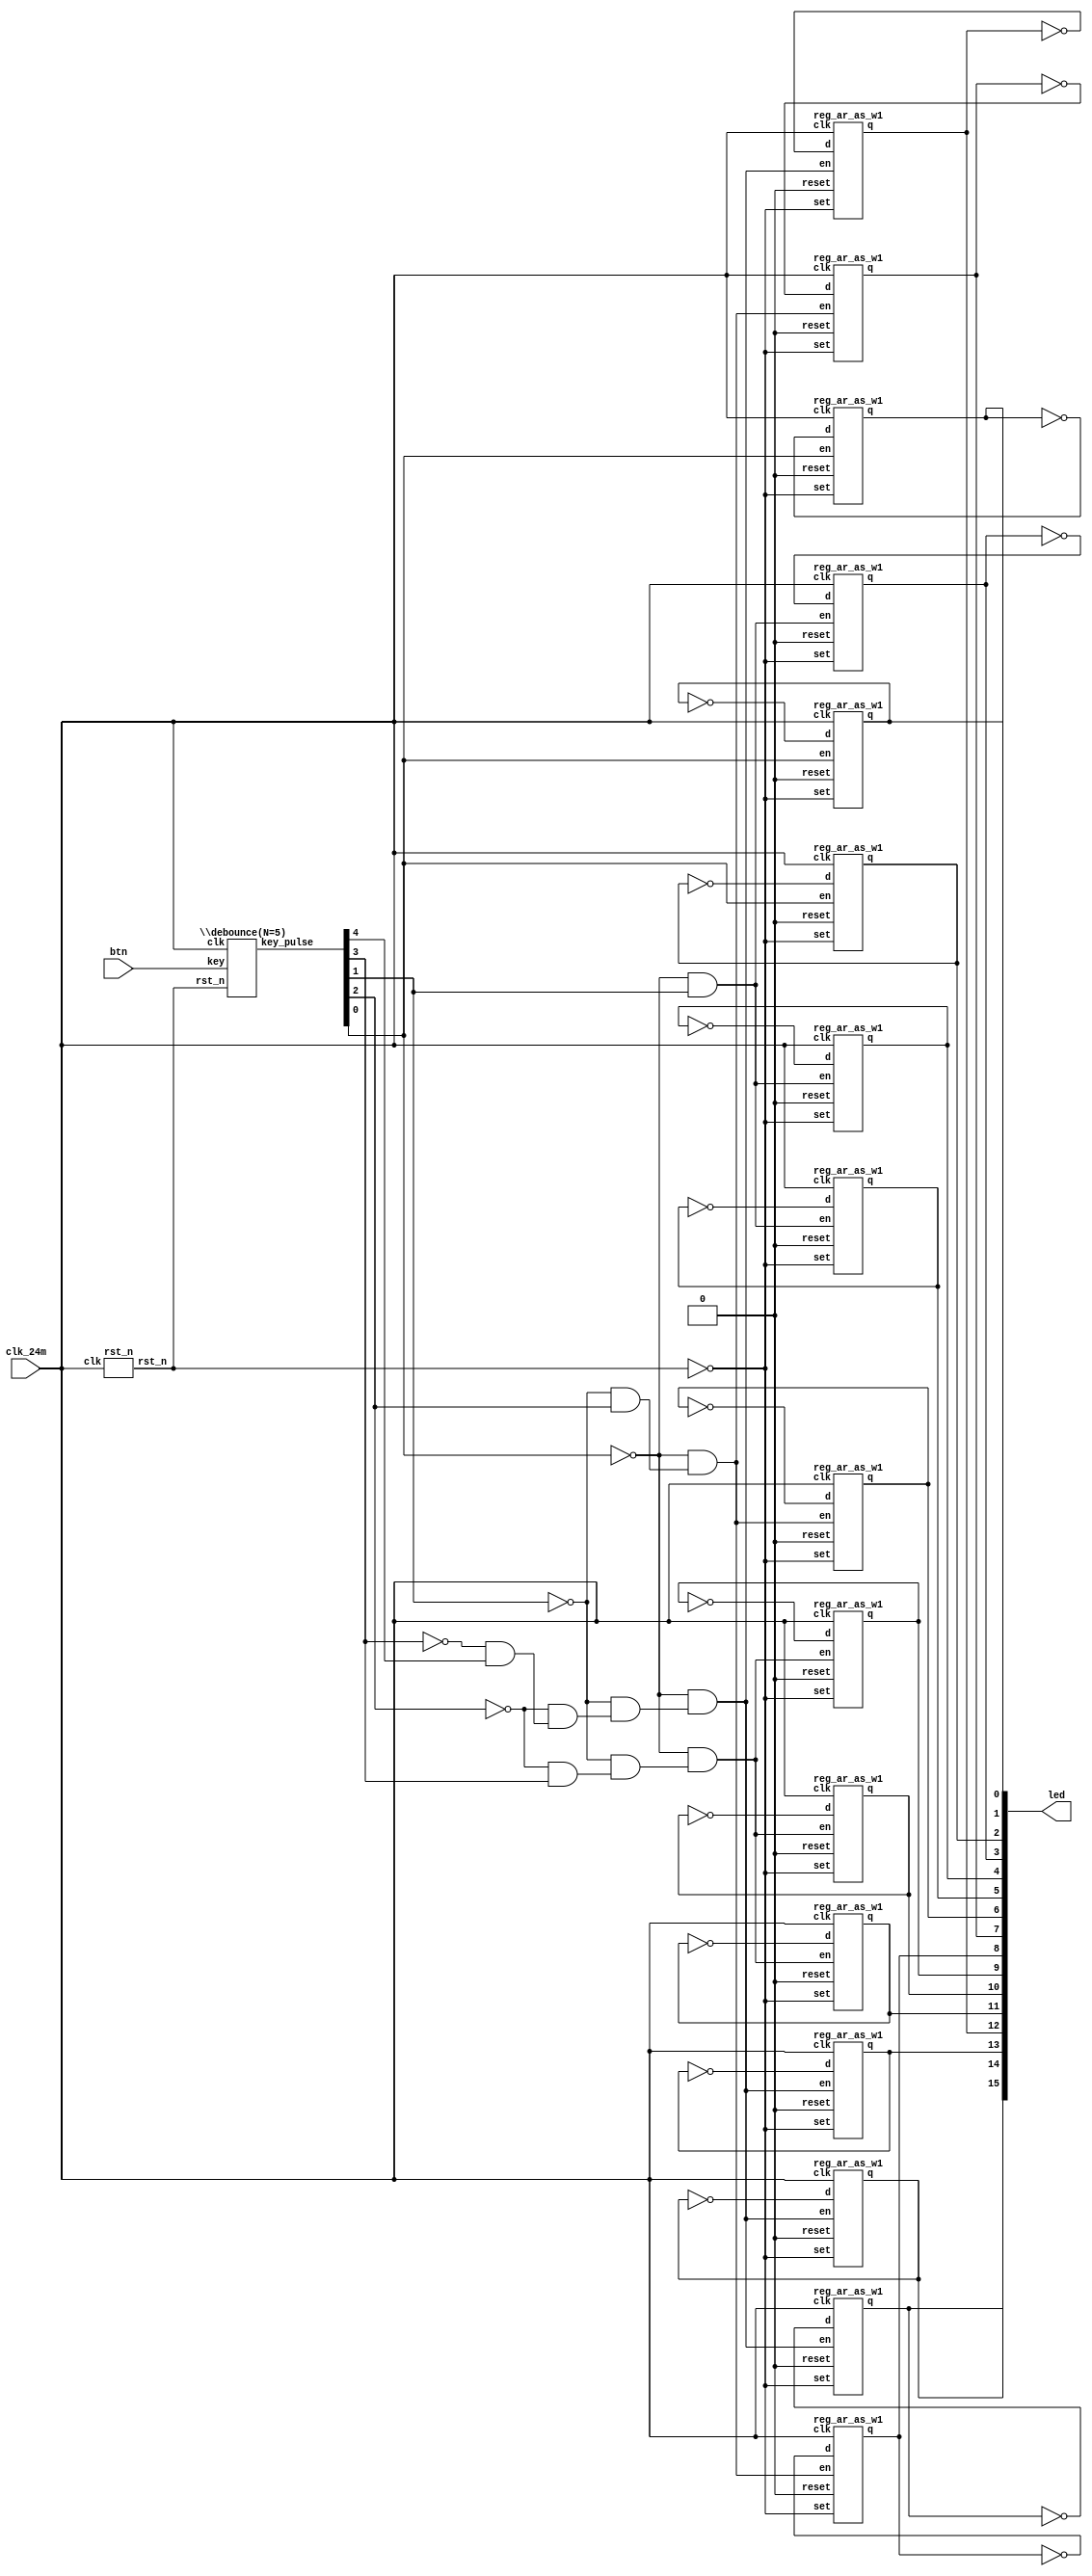
// This program was cloned from: https://github.com/verimake-team/SparkRoad-V
// License: MIT License

// Verilog netlist created by TD v4.6.12906
// Fri Jul 26 17:43:03 2019

`timescale 1ns / 1ps
module buttons_led  // sources/rtl/buttons_led.v(15)
  (
  btn,
  clk_24m,
  led
  );

  input [4:0] btn;  // sources/rtl/buttons_led.v(22)
  input clk_24m;  // sources/rtl/buttons_led.v(21)
  output [15:0] led;  // sources/rtl/buttons_led.v(23)

  parameter CNT_20MS = 19'b1110101011000000001;
  parameter N = 5;
  wire [4:0] key_pulse;  // sources/rtl/buttons_led.v(27)
  wire [2:0] n1;
  wire [2:0] n2;
  wire [2:0] n3;
  wire [2:0] n4;
  wire [3:0] n5;
  wire \key_pulse[0]_neg ;
  wire \key_pulse[1]_neg ;
  wire \key_pulse[2]_neg ;
  wire \key_pulse[3]_neg ;
  wire mux1_b3_sel_is_2_o;
  wire mux2_b3_sel_is_2_o;
  wire mux2_b6_sel_is_2_o;
  wire mux3_b10_sel_is_2_o;
  wire mux3_b12_sel_is_2_o;
  wire mux3_b3_sel_is_2_o;
  wire mux3_b6_sel_is_2_o;
  wire mux4_b10_sel_is_2_o;
  wire mux4_b3_sel_is_2_o;
  wire mux4_b6_sel_is_2_o;
  wire rst_n;  // sources/rtl/buttons_led.v(26)

  not \key_pulse[0]_inv  (\key_pulse[0]_neg , key_pulse[0]);
  not \key_pulse[1]_inv  (\key_pulse[1]_neg , key_pulse[1]);
  not \key_pulse[2]_inv  (\key_pulse[2]_neg , key_pulse[2]);
  not \key_pulse[3]_inv  (\key_pulse[3]_neg , key_pulse[3]);
  and mux1_b3_sel_is_2 (mux1_b3_sel_is_2_o, \key_pulse[3]_neg , key_pulse[4]);
  and mux2_b3_sel_is_2 (mux2_b3_sel_is_2_o, \key_pulse[2]_neg , key_pulse[3]);
  and mux2_b6_sel_is_2 (mux2_b6_sel_is_2_o, \key_pulse[2]_neg , mux1_b3_sel_is_2_o);
  and mux3_b10_sel_is_2 (mux3_b10_sel_is_2_o, \key_pulse[0]_neg , mux4_b6_sel_is_2_o);
  and mux3_b12_sel_is_2 (mux3_b12_sel_is_2_o, \key_pulse[0]_neg , mux4_b10_sel_is_2_o);
  and mux3_b3_sel_is_2 (mux3_b3_sel_is_2_o, \key_pulse[0]_neg , key_pulse[1]);
  and mux3_b6_sel_is_2 (mux3_b6_sel_is_2_o, \key_pulse[0]_neg , mux4_b3_sel_is_2_o);
  and mux4_b10_sel_is_2 (mux4_b10_sel_is_2_o, \key_pulse[1]_neg , mux2_b6_sel_is_2_o);
  and mux4_b3_sel_is_2 (mux4_b3_sel_is_2_o, \key_pulse[1]_neg , key_pulse[2]);
  and mux4_b6_sel_is_2 (mux4_b6_sel_is_2_o, \key_pulse[1]_neg , mux2_b3_sel_is_2_o);
  reg_ar_as_w1 reg0_b0 (
    .clk(clk_24m),
    .d(n1[0]),
    .en(key_pulse[0]),
    .reset(1'b0),
    .set(~rst_n),
    .q(led[0]));  // sources/rtl/buttons_led.v(63)
  reg_ar_as_w1 reg0_b1 (
    .clk(clk_24m),
    .d(n1[1]),
    .en(key_pulse[0]),
    .reset(1'b0),
    .set(~rst_n),
    .q(led[1]));  // sources/rtl/buttons_led.v(63)
  reg_ar_as_w1 reg0_b10 (
    .clk(clk_24m),
    .d(n4[1]),
    .en(mux3_b10_sel_is_2_o),
    .reset(1'b0),
    .set(~rst_n),
    .q(led[10]));  // sources/rtl/buttons_led.v(63)
  reg_ar_as_w1 reg0_b11 (
    .clk(clk_24m),
    .d(n4[2]),
    .en(mux3_b10_sel_is_2_o),
    .reset(1'b0),
    .set(~rst_n),
    .q(led[11]));  // sources/rtl/buttons_led.v(63)
  reg_ar_as_w1 reg0_b12 (
    .clk(clk_24m),
    .d(n5[0]),
    .en(mux3_b12_sel_is_2_o),
    .reset(1'b0),
    .set(~rst_n),
    .q(led[12]));  // sources/rtl/buttons_led.v(63)
  reg_ar_as_w1 reg0_b13 (
    .clk(clk_24m),
    .d(n5[1]),
    .en(mux3_b12_sel_is_2_o),
    .reset(1'b0),
    .set(~rst_n),
    .q(led[13]));  // sources/rtl/buttons_led.v(63)
  reg_ar_as_w1 reg0_b14 (
    .clk(clk_24m),
    .d(n5[2]),
    .en(mux3_b12_sel_is_2_o),
    .reset(1'b0),
    .set(~rst_n),
    .q(led[14]));  // sources/rtl/buttons_led.v(63)
  reg_ar_as_w1 reg0_b15 (
    .clk(clk_24m),
    .d(n5[3]),
    .en(mux3_b12_sel_is_2_o),
    .reset(1'b0),
    .set(~rst_n),
    .q(led[15]));  // sources/rtl/buttons_led.v(63)
  reg_ar_as_w1 reg0_b2 (
    .clk(clk_24m),
    .d(n1[2]),
    .en(key_pulse[0]),
    .reset(1'b0),
    .set(~rst_n),
    .q(led[2]));  // sources/rtl/buttons_led.v(63)
  reg_ar_as_w1 reg0_b3 (
    .clk(clk_24m),
    .d(n2[0]),
    .en(mux3_b3_sel_is_2_o),
    .reset(1'b0),
    .set(~rst_n),
    .q(led[3]));  // sources/rtl/buttons_led.v(63)
  reg_ar_as_w1 reg0_b4 (
    .clk(clk_24m),
    .d(n2[1]),
    .en(mux3_b3_sel_is_2_o),
    .reset(1'b0),
    .set(~rst_n),
    .q(led[4]));  // sources/rtl/buttons_led.v(63)
  reg_ar_as_w1 reg0_b5 (
    .clk(clk_24m),
    .d(n2[2]),
    .en(mux3_b3_sel_is_2_o),
    .reset(1'b0),
    .set(~rst_n),
    .q(led[5]));  // sources/rtl/buttons_led.v(63)
  reg_ar_as_w1 reg0_b6 (
    .clk(clk_24m),
    .d(n3[0]),
    .en(mux3_b6_sel_is_2_o),
    .reset(1'b0),
    .set(~rst_n),
    .q(led[6]));  // sources/rtl/buttons_led.v(63)
  reg_ar_as_w1 reg0_b7 (
    .clk(clk_24m),
    .d(n3[1]),
    .en(mux3_b6_sel_is_2_o),
    .reset(1'b0),
    .set(~rst_n),
    .q(led[7]));  // sources/rtl/buttons_led.v(63)
  reg_ar_as_w1 reg0_b8 (
    .clk(clk_24m),
    .d(n3[2]),
    .en(mux3_b6_sel_is_2_o),
    .reset(1'b0),
    .set(~rst_n),
    .q(led[8]));  // sources/rtl/buttons_led.v(63)
  reg_ar_as_w1 reg0_b9 (
    .clk(clk_24m),
    .d(n4[0]),
    .en(mux3_b10_sel_is_2_o),
    .reset(1'b0),
    .set(~rst_n),
    .q(led[9]));  // sources/rtl/buttons_led.v(63)
  not u0 (n4[1], led[10]);  // sources/rtl/buttons_led.v(59)
  not u1 (n5[3], led[15]);  // sources/rtl/buttons_led.v(61)
  not u10 (n4[2], led[11]);  // sources/rtl/buttons_led.v(59)
  not u11 (n3[1], led[7]);  // sources/rtl/buttons_led.v(57)
  not u12 (n3[2], led[8]);  // sources/rtl/buttons_led.v(57)
  not u13 (n2[1], led[4]);  // sources/rtl/buttons_led.v(55)
  not u14 (n2[2], led[5]);  // sources/rtl/buttons_led.v(55)
  not u15 (n1[1], led[1]);  // sources/rtl/buttons_led.v(53)
  not u16 (n1[2], led[2]);  // sources/rtl/buttons_led.v(53)
  not u2 (n5[2], led[14]);  // sources/rtl/buttons_led.v(61)
  not u3 (n5[1], led[13]);  // sources/rtl/buttons_led.v(61)
  not u4 (n5[0], led[12]);  // sources/rtl/buttons_led.v(61)
  not u6 (n1[0], led[0]);  // sources/rtl/buttons_led.v(53)
  not u7 (n2[0], led[3]);  // sources/rtl/buttons_led.v(55)
  not u8 (n3[0], led[6]);  // sources/rtl/buttons_led.v(57)
  not u9 (n4[0], led[9]);  // sources/rtl/buttons_led.v(59)
  \debounce(N=5)  ux_btn (
    .clk(clk_24m),
    .key(btn),
    .rst_n(rst_n),
    .key_pulse(key_pulse));  // sources/rtl/buttons_led.v(34)
  rst_n ux_rst (
    .clk(clk_24m),
    .rst_n(rst_n));  // sources/rtl/buttons_led.v(42)

endmodule 

module reg_ar_as_w1
  (
  clk,
  d,
  en,
  reset,
  set,
  q
  );

  input clk;
  input d;
  input en;
  input reset;
  input set;
  output q;

  parameter REGSET = "RESET";
  wire enout;

  AL_MUX u_en0 (
    .i0(q),
    .i1(d),
    .sel(en),
    .o(enout));
  AL_DFF #(
    .INI((REGSET == "SET") ? 1'b1 : 1'b0))
    u_seq0 (
    .clk(clk),
    .d(enout),
    .reset(reset),
    .set(set),
    .q(q));

endmodule 

module \debounce(N=5)   // sources/rtl/debounce.v(14)
  (
  clk,
  key,
  rst_n,
  key_pulse
  );

  input clk;  // sources/rtl/debounce.v(20)
  input [4:0] key;  // sources/rtl/debounce.v(23)
  input rst_n;  // sources/rtl/debounce.v(21)
  output [4:0] key_pulse;  // sources/rtl/debounce.v(24)

  parameter CNT_20MS = 19'b1110101011000000001;
  parameter N = 5;
  wire [18:0] cnt;  // sources/rtl/debounce.v(27)
  wire [4:0] key_sec;  // sources/rtl/debounce.v(40)
  wire [4:0] key_sec_pre;  // sources/rtl/debounce.v(39)
  wire [18:0] n2;
  wire [18:0] n3;
  wire [4:0] n5;
  wire n1;

  add_pu19_pu19_o19 add0 (
    .i0(cnt),
    .i1(19'b0000000000000000001),
    .o(n2));  // sources/rtl/debounce.v(36)
  eq_w19 eq0 (
    .i0(cnt),
    .i1(19'b1110101011000000001),
    .o(n1));  // sources/rtl/debounce.v(33)
  binary_mux_s1_w1 mux0_b0 (
    .i0(n2[0]),
    .i1(1'b0),
    .sel(n1),
    .o(n3[0]));  // sources/rtl/debounce.v(36)
  binary_mux_s1_w1 mux0_b1 (
    .i0(n2[1]),
    .i1(1'b0),
    .sel(n1),
    .o(n3[1]));  // sources/rtl/debounce.v(36)
  binary_mux_s1_w1 mux0_b10 (
    .i0(n2[10]),
    .i1(1'b0),
    .sel(n1),
    .o(n3[10]));  // sources/rtl/debounce.v(36)
  binary_mux_s1_w1 mux0_b11 (
    .i0(n2[11]),
    .i1(1'b0),
    .sel(n1),
    .o(n3[11]));  // sources/rtl/debounce.v(36)
  binary_mux_s1_w1 mux0_b12 (
    .i0(n2[12]),
    .i1(1'b0),
    .sel(n1),
    .o(n3[12]));  // sources/rtl/debounce.v(36)
  binary_mux_s1_w1 mux0_b13 (
    .i0(n2[13]),
    .i1(1'b0),
    .sel(n1),
    .o(n3[13]));  // sources/rtl/debounce.v(36)
  binary_mux_s1_w1 mux0_b14 (
    .i0(n2[14]),
    .i1(1'b0),
    .sel(n1),
    .o(n3[14]));  // sources/rtl/debounce.v(36)
  binary_mux_s1_w1 mux0_b15 (
    .i0(n2[15]),
    .i1(1'b0),
    .sel(n1),
    .o(n3[15]));  // sources/rtl/debounce.v(36)
  binary_mux_s1_w1 mux0_b16 (
    .i0(n2[16]),
    .i1(1'b0),
    .sel(n1),
    .o(n3[16]));  // sources/rtl/debounce.v(36)
  binary_mux_s1_w1 mux0_b17 (
    .i0(n2[17]),
    .i1(1'b0),
    .sel(n1),
    .o(n3[17]));  // sources/rtl/debounce.v(36)
  binary_mux_s1_w1 mux0_b18 (
    .i0(n2[18]),
    .i1(1'b0),
    .sel(n1),
    .o(n3[18]));  // sources/rtl/debounce.v(36)
  binary_mux_s1_w1 mux0_b2 (
    .i0(n2[2]),
    .i1(1'b0),
    .sel(n1),
    .o(n3[2]));  // sources/rtl/debounce.v(36)
  binary_mux_s1_w1 mux0_b3 (
    .i0(n2[3]),
    .i1(1'b0),
    .sel(n1),
    .o(n3[3]));  // sources/rtl/debounce.v(36)
  binary_mux_s1_w1 mux0_b4 (
    .i0(n2[4]),
    .i1(1'b0),
    .sel(n1),
    .o(n3[4]));  // sources/rtl/debounce.v(36)
  binary_mux_s1_w1 mux0_b5 (
    .i0(n2[5]),
    .i1(1'b0),
    .sel(n1),
    .o(n3[5]));  // sources/rtl/debounce.v(36)
  binary_mux_s1_w1 mux0_b6 (
    .i0(n2[6]),
    .i1(1'b0),
    .sel(n1),
    .o(n3[6]));  // sources/rtl/debounce.v(36)
  binary_mux_s1_w1 mux0_b7 (
    .i0(n2[7]),
    .i1(1'b0),
    .sel(n1),
    .o(n3[7]));  // sources/rtl/debounce.v(36)
  binary_mux_s1_w1 mux0_b8 (
    .i0(n2[8]),
    .i1(1'b0),
    .sel(n1),
    .o(n3[8]));  // sources/rtl/debounce.v(36)
  binary_mux_s1_w1 mux0_b9 (
    .i0(n2[9]),
    .i1(1'b0),
    .sel(n1),
    .o(n3[9]));  // sources/rtl/debounce.v(36)
  reg_ar_as_w1 reg0_b0 (
    .clk(clk),
    .d(key_sec[0]),
    .en(1'b1),
    .reset(1'b0),
    .set(~rst_n),
    .q(key_sec_pre[0]));  // sources/rtl/debounce.v(55)
  reg_ar_as_w1 reg0_b1 (
    .clk(clk),
    .d(key_sec[1]),
    .en(1'b1),
    .reset(1'b0),
    .set(~rst_n),
    .q(key_sec_pre[1]));  // sources/rtl/debounce.v(55)
  reg_ar_as_w1 reg0_b2 (
    .clk(clk),
    .d(key_sec[2]),
    .en(1'b1),
    .reset(1'b0),
    .set(~rst_n),
    .q(key_sec_pre[2]));  // sources/rtl/debounce.v(55)
  reg_ar_as_w1 reg0_b3 (
    .clk(clk),
    .d(key_sec[3]),
    .en(1'b1),
    .reset(1'b0),
    .set(~rst_n),
    .q(key_sec_pre[3]));  // sources/rtl/debounce.v(55)
  reg_ar_as_w1 reg0_b4 (
    .clk(clk),
    .d(key_sec[4]),
    .en(1'b1),
    .reset(1'b0),
    .set(~rst_n),
    .q(key_sec_pre[4]));  // sources/rtl/debounce.v(55)
  reg_ar_as_w1 reg1_b0 (
    .clk(clk),
    .d(n3[0]),
    .en(1'b1),
    .reset(~rst_n),
    .set(1'b0),
    .q(cnt[0]));  // sources/rtl/debounce.v(36)
  reg_ar_as_w1 reg1_b1 (
    .clk(clk),
    .d(n3[1]),
    .en(1'b1),
    .reset(~rst_n),
    .set(1'b0),
    .q(cnt[1]));  // sources/rtl/debounce.v(36)
  reg_ar_as_w1 reg1_b10 (
    .clk(clk),
    .d(n3[10]),
    .en(1'b1),
    .reset(~rst_n),
    .set(1'b0),
    .q(cnt[10]));  // sources/rtl/debounce.v(36)
  reg_ar_as_w1 reg1_b11 (
    .clk(clk),
    .d(n3[11]),
    .en(1'b1),
    .reset(~rst_n),
    .set(1'b0),
    .q(cnt[11]));  // sources/rtl/debounce.v(36)
  reg_ar_as_w1 reg1_b12 (
    .clk(clk),
    .d(n3[12]),
    .en(1'b1),
    .reset(~rst_n),
    .set(1'b0),
    .q(cnt[12]));  // sources/rtl/debounce.v(36)
  reg_ar_as_w1 reg1_b13 (
    .clk(clk),
    .d(n3[13]),
    .en(1'b1),
    .reset(~rst_n),
    .set(1'b0),
    .q(cnt[13]));  // sources/rtl/debounce.v(36)
  reg_ar_as_w1 reg1_b14 (
    .clk(clk),
    .d(n3[14]),
    .en(1'b1),
    .reset(~rst_n),
    .set(1'b0),
    .q(cnt[14]));  // sources/rtl/debounce.v(36)
  reg_ar_as_w1 reg1_b15 (
    .clk(clk),
    .d(n3[15]),
    .en(1'b1),
    .reset(~rst_n),
    .set(1'b0),
    .q(cnt[15]));  // sources/rtl/debounce.v(36)
  reg_ar_as_w1 reg1_b16 (
    .clk(clk),
    .d(n3[16]),
    .en(1'b1),
    .reset(~rst_n),
    .set(1'b0),
    .q(cnt[16]));  // sources/rtl/debounce.v(36)
  reg_ar_as_w1 reg1_b17 (
    .clk(clk),
    .d(n3[17]),
    .en(1'b1),
    .reset(~rst_n),
    .set(1'b0),
    .q(cnt[17]));  // sources/rtl/debounce.v(36)
  reg_ar_as_w1 reg1_b18 (
    .clk(clk),
    .d(n3[18]),
    .en(1'b1),
    .reset(~rst_n),
    .set(1'b0),
    .q(cnt[18]));  // sources/rtl/debounce.v(36)
  reg_ar_as_w1 reg1_b2 (
    .clk(clk),
    .d(n3[2]),
    .en(1'b1),
    .reset(~rst_n),
    .set(1'b0),
    .q(cnt[2]));  // sources/rtl/debounce.v(36)
  reg_ar_as_w1 reg1_b3 (
    .clk(clk),
    .d(n3[3]),
    .en(1'b1),
    .reset(~rst_n),
    .set(1'b0),
    .q(cnt[3]));  // sources/rtl/debounce.v(36)
  reg_ar_as_w1 reg1_b4 (
    .clk(clk),
    .d(n3[4]),
    .en(1'b1),
    .reset(~rst_n),
    .set(1'b0),
    .q(cnt[4]));  // sources/rtl/debounce.v(36)
  reg_ar_as_w1 reg1_b5 (
    .clk(clk),
    .d(n3[5]),
    .en(1'b1),
    .reset(~rst_n),
    .set(1'b0),
    .q(cnt[5]));  // sources/rtl/debounce.v(36)
  reg_ar_as_w1 reg1_b6 (
    .clk(clk),
    .d(n3[6]),
    .en(1'b1),
    .reset(~rst_n),
    .set(1'b0),
    .q(cnt[6]));  // sources/rtl/debounce.v(36)
  reg_ar_as_w1 reg1_b7 (
    .clk(clk),
    .d(n3[7]),
    .en(1'b1),
    .reset(~rst_n),
    .set(1'b0),
    .q(cnt[7]));  // sources/rtl/debounce.v(36)
  reg_ar_as_w1 reg1_b8 (
    .clk(clk),
    .d(n3[8]),
    .en(1'b1),
    .reset(~rst_n),
    .set(1'b0),
    .q(cnt[8]));  // sources/rtl/debounce.v(36)
  reg_ar_as_w1 reg1_b9 (
    .clk(clk),
    .d(n3[9]),
    .en(1'b1),
    .reset(~rst_n),
    .set(1'b0),
    .q(cnt[9]));  // sources/rtl/debounce.v(36)
  reg_ar_as_w1 reg2_b0 (
    .clk(clk),
    .d(key[0]),
    .en(n1),
    .reset(1'b0),
    .set(~rst_n),
    .q(key_sec[0]));  // sources/rtl/debounce.v(47)
  reg_ar_as_w1 reg2_b1 (
    .clk(clk),
    .d(key[1]),
    .en(n1),
    .reset(1'b0),
    .set(~rst_n),
    .q(key_sec[1]));  // sources/rtl/debounce.v(47)
  reg_ar_as_w1 reg2_b2 (
    .clk(clk),
    .d(key[2]),
    .en(n1),
    .reset(1'b0),
    .set(~rst_n),
    .q(key_sec[2]));  // sources/rtl/debounce.v(47)
  reg_ar_as_w1 reg2_b3 (
    .clk(clk),
    .d(key[3]),
    .en(n1),
    .reset(1'b0),
    .set(~rst_n),
    .q(key_sec[3]));  // sources/rtl/debounce.v(47)
  reg_ar_as_w1 reg2_b4 (
    .clk(clk),
    .d(key[4]),
    .en(n1),
    .reset(1'b0),
    .set(~rst_n),
    .q(key_sec[4]));  // sources/rtl/debounce.v(47)
  and u10 (key_pulse[4], n5[4], key_sec_pre[4]);  // sources/rtl/debounce.v(58)
  and u11 (key_pulse[0], n5[0], key_sec_pre[0]);  // sources/rtl/debounce.v(58)
  not u12 (n5[0], key_sec[0]);  // sources/rtl/debounce.v(58)
  not u2 (n5[4], key_sec[4]);  // sources/rtl/debounce.v(58)
  not u3 (n5[3], key_sec[3]);  // sources/rtl/debounce.v(58)
  not u4 (n5[2], key_sec[2]);  // sources/rtl/debounce.v(58)
  and u6 (key_pulse[3], n5[3], key_sec_pre[3]);  // sources/rtl/debounce.v(58)
  not u7 (n5[1], key_sec[1]);  // sources/rtl/debounce.v(58)
  and u8 (key_pulse[2], n5[2], key_sec_pre[2]);  // sources/rtl/debounce.v(58)
  and u9 (key_pulse[1], n5[1], key_sec_pre[1]);  // sources/rtl/debounce.v(58)

endmodule 

module rst_n  // sources/rtl/rst.v(14)
  (
  clk,
  rst_n
  );

  input clk;  // sources/rtl/rst.v(16)
  output rst_n;  // sources/rtl/rst.v(17)

  wire [3:0] cnt;  // sources/rtl/rst.v(20)
  wire [3:0] n1;
  wire n0;

  add_pu4_pu4_o4 add0 (
    .i0(cnt),
    .i1(4'b0001),
    .o(n1));  // sources/rtl/rst.v(27)
  eq_w4 eq0 (
    .i0(cnt),
    .i1(4'b1111),
    .o(n0));  // sources/rtl/rst.v(24)
  reg_ar_ss_w1 reg0_b0 (
    .clk(clk),
    .d(n1[0]),
    .en(1'b1),
    .reset(1'b0),
    .set(n0),
    .q(cnt[0]));  // sources/rtl/rst.v(28)
  reg_ar_ss_w1 reg0_b1 (
    .clk(clk),
    .d(n1[1]),
    .en(1'b1),
    .reset(1'b0),
    .set(n0),
    .q(cnt[1]));  // sources/rtl/rst.v(28)
  reg_ar_ss_w1 reg0_b2 (
    .clk(clk),
    .d(n1[2]),
    .en(1'b1),
    .reset(1'b0),
    .set(n0),
    .q(cnt[2]));  // sources/rtl/rst.v(28)
  reg_ar_ss_w1 reg0_b3 (
    .clk(clk),
    .d(n1[3]),
    .en(1'b1),
    .reset(1'b0),
    .set(n0),
    .q(cnt[3]));  // sources/rtl/rst.v(28)
  reg_ar_as_w1 rst_n_reg (
    .clk(clk),
    .d(n0),
    .en(1'b1),
    .reset(1'b0),
    .set(1'b0),
    .q(rst_n));  // sources/rtl/rst.v(36)

endmodule 

module add_pu19_pu19_o19
  (
  i0,
  i1,
  o
  );

  input [18:0] i0;
  input [18:0] i1;
  output [18:0] o;

  wire net_a0;
  wire net_a1;
  wire net_a10;
  wire net_a11;
  wire net_a12;
  wire net_a13;
  wire net_a14;
  wire net_a15;
  wire net_a16;
  wire net_a17;
  wire net_a18;
  wire net_a2;
  wire net_a3;
  wire net_a4;
  wire net_a5;
  wire net_a6;
  wire net_a7;
  wire net_a8;
  wire net_a9;
  wire net_b0;
  wire net_b1;
  wire net_b10;
  wire net_b11;
  wire net_b12;
  wire net_b13;
  wire net_b14;
  wire net_b15;
  wire net_b16;
  wire net_b17;
  wire net_b18;
  wire net_b2;
  wire net_b3;
  wire net_b4;
  wire net_b5;
  wire net_b6;
  wire net_b7;
  wire net_b8;
  wire net_b9;
  wire net_cout0;
  wire net_cout1;
  wire net_cout10;
  wire net_cout11;
  wire net_cout12;
  wire net_cout13;
  wire net_cout14;
  wire net_cout15;
  wire net_cout16;
  wire net_cout17;
  wire net_cout18;
  wire net_cout2;
  wire net_cout3;
  wire net_cout4;
  wire net_cout5;
  wire net_cout6;
  wire net_cout7;
  wire net_cout8;
  wire net_cout9;
  wire net_sum0;
  wire net_sum1;
  wire net_sum10;
  wire net_sum11;
  wire net_sum12;
  wire net_sum13;
  wire net_sum14;
  wire net_sum15;
  wire net_sum16;
  wire net_sum17;
  wire net_sum18;
  wire net_sum2;
  wire net_sum3;
  wire net_sum4;
  wire net_sum5;
  wire net_sum6;
  wire net_sum7;
  wire net_sum8;
  wire net_sum9;

  assign net_a18 = i0[18];
  assign net_a17 = i0[17];
  assign net_a16 = i0[16];
  assign net_a15 = i0[15];
  assign net_a14 = i0[14];
  assign net_a13 = i0[13];
  assign net_a12 = i0[12];
  assign net_a11 = i0[11];
  assign net_a10 = i0[10];
  assign net_a9 = i0[9];
  assign net_a8 = i0[8];
  assign net_a7 = i0[7];
  assign net_a6 = i0[6];
  assign net_a5 = i0[5];
  assign net_a4 = i0[4];
  assign net_a3 = i0[3];
  assign net_a2 = i0[2];
  assign net_a1 = i0[1];
  assign net_a0 = i0[0];
  assign net_b18 = i1[18];
  assign net_b17 = i1[17];
  assign net_b16 = i1[16];
  assign net_b15 = i1[15];
  assign net_b14 = i1[14];
  assign net_b13 = i1[13];
  assign net_b12 = i1[12];
  assign net_b11 = i1[11];
  assign net_b10 = i1[10];
  assign net_b9 = i1[9];
  assign net_b8 = i1[8];
  assign net_b7 = i1[7];
  assign net_b6 = i1[6];
  assign net_b5 = i1[5];
  assign net_b4 = i1[4];
  assign net_b3 = i1[3];
  assign net_b2 = i1[2];
  assign net_b1 = i1[1];
  assign net_b0 = i1[0];
  assign o[18] = net_sum18;
  assign o[17] = net_sum17;
  assign o[16] = net_sum16;
  assign o[15] = net_sum15;
  assign o[14] = net_sum14;
  assign o[13] = net_sum13;
  assign o[12] = net_sum12;
  assign o[11] = net_sum11;
  assign o[10] = net_sum10;
  assign o[9] = net_sum9;
  assign o[8] = net_sum8;
  assign o[7] = net_sum7;
  assign o[6] = net_sum6;
  assign o[5] = net_sum5;
  assign o[4] = net_sum4;
  assign o[3] = net_sum3;
  assign o[2] = net_sum2;
  assign o[1] = net_sum1;
  assign o[0] = net_sum0;
  AL_FADD comp_0 (
    .a(net_a0),
    .b(net_b0),
    .c(1'b0),
    .cout(net_cout0),
    .sum(net_sum0));
  AL_FADD comp_1 (
    .a(net_a1),
    .b(net_b1),
    .c(net_cout0),
    .cout(net_cout1),
    .sum(net_sum1));
  AL_FADD comp_10 (
    .a(net_a10),
    .b(net_b10),
    .c(net_cout9),
    .cout(net_cout10),
    .sum(net_sum10));
  AL_FADD comp_11 (
    .a(net_a11),
    .b(net_b11),
    .c(net_cout10),
    .cout(net_cout11),
    .sum(net_sum11));
  AL_FADD comp_12 (
    .a(net_a12),
    .b(net_b12),
    .c(net_cout11),
    .cout(net_cout12),
    .sum(net_sum12));
  AL_FADD comp_13 (
    .a(net_a13),
    .b(net_b13),
    .c(net_cout12),
    .cout(net_cout13),
    .sum(net_sum13));
  AL_FADD comp_14 (
    .a(net_a14),
    .b(net_b14),
    .c(net_cout13),
    .cout(net_cout14),
    .sum(net_sum14));
  AL_FADD comp_15 (
    .a(net_a15),
    .b(net_b15),
    .c(net_cout14),
    .cout(net_cout15),
    .sum(net_sum15));
  AL_FADD comp_16 (
    .a(net_a16),
    .b(net_b16),
    .c(net_cout15),
    .cout(net_cout16),
    .sum(net_sum16));
  AL_FADD comp_17 (
    .a(net_a17),
    .b(net_b17),
    .c(net_cout16),
    .cout(net_cout17),
    .sum(net_sum17));
  AL_FADD comp_18 (
    .a(net_a18),
    .b(net_b18),
    .c(net_cout17),
    .cout(net_cout18),
    .sum(net_sum18));
  AL_FADD comp_2 (
    .a(net_a2),
    .b(net_b2),
    .c(net_cout1),
    .cout(net_cout2),
    .sum(net_sum2));
  AL_FADD comp_3 (
    .a(net_a3),
    .b(net_b3),
    .c(net_cout2),
    .cout(net_cout3),
    .sum(net_sum3));
  AL_FADD comp_4 (
    .a(net_a4),
    .b(net_b4),
    .c(net_cout3),
    .cout(net_cout4),
    .sum(net_sum4));
  AL_FADD comp_5 (
    .a(net_a5),
    .b(net_b5),
    .c(net_cout4),
    .cout(net_cout5),
    .sum(net_sum5));
  AL_FADD comp_6 (
    .a(net_a6),
    .b(net_b6),
    .c(net_cout5),
    .cout(net_cout6),
    .sum(net_sum6));
  AL_FADD comp_7 (
    .a(net_a7),
    .b(net_b7),
    .c(net_cout6),
    .cout(net_cout7),
    .sum(net_sum7));
  AL_FADD comp_8 (
    .a(net_a8),
    .b(net_b8),
    .c(net_cout7),
    .cout(net_cout8),
    .sum(net_sum8));
  AL_FADD comp_9 (
    .a(net_a9),
    .b(net_b9),
    .c(net_cout8),
    .cout(net_cout9),
    .sum(net_sum9));

endmodule 

module eq_w19
  (
  i0,
  i1,
  o
  );

  input [18:0] i0;
  input [18:0] i1;
  output o;

  wire \or_or_or_or_xor_i0[0_o ;
  wire \or_or_or_xor_i0[0]_i_o ;
  wire \or_or_or_xor_i0[9]_i_o ;
  wire \or_or_xor_i0[0]_i1[0_o ;
  wire \or_or_xor_i0[14]_i1[_o ;
  wire \or_or_xor_i0[4]_i1[4_o ;
  wire \or_or_xor_i0[9]_i1[9_o ;
  wire \or_xor_i0[0]_i1[0]_o_o ;
  wire \or_xor_i0[11]_i1[11]_o ;
  wire \or_xor_i0[12]_i1[12]_o ;
  wire \or_xor_i0[14]_i1[14]_o ;
  wire \or_xor_i0[16]_i1[16]_o ;
  wire \or_xor_i0[17]_i1[17]_o ;
  wire \or_xor_i0[2]_i1[2]_o_o ;
  wire \or_xor_i0[4]_i1[4]_o_o ;
  wire \or_xor_i0[6]_i1[6]_o_o ;
  wire \or_xor_i0[7]_i1[7]_o_o ;
  wire \or_xor_i0[9]_i1[9]_o_o ;
  wire \xor_i0[0]_i1[0]_o ;
  wire \xor_i0[10]_i1[10]_o ;
  wire \xor_i0[11]_i1[11]_o ;
  wire \xor_i0[12]_i1[12]_o ;
  wire \xor_i0[13]_i1[13]_o ;
  wire \xor_i0[14]_i1[14]_o ;
  wire \xor_i0[15]_i1[15]_o ;
  wire \xor_i0[16]_i1[16]_o ;
  wire \xor_i0[17]_i1[17]_o ;
  wire \xor_i0[18]_i1[18]_o ;
  wire \xor_i0[1]_i1[1]_o ;
  wire \xor_i0[2]_i1[2]_o ;
  wire \xor_i0[3]_i1[3]_o ;
  wire \xor_i0[4]_i1[4]_o ;
  wire \xor_i0[5]_i1[5]_o ;
  wire \xor_i0[6]_i1[6]_o ;
  wire \xor_i0[7]_i1[7]_o ;
  wire \xor_i0[8]_i1[8]_o ;
  wire \xor_i0[9]_i1[9]_o ;

  not none_diff (o, \or_or_or_or_xor_i0[0_o );
  or \or_or_or_or_xor_i0[0  (\or_or_or_or_xor_i0[0_o , \or_or_or_xor_i0[0]_i_o , \or_or_or_xor_i0[9]_i_o );
  or \or_or_or_xor_i0[0]_i  (\or_or_or_xor_i0[0]_i_o , \or_or_xor_i0[0]_i1[0_o , \or_or_xor_i0[4]_i1[4_o );
  or \or_or_or_xor_i0[9]_i  (\or_or_or_xor_i0[9]_i_o , \or_or_xor_i0[9]_i1[9_o , \or_or_xor_i0[14]_i1[_o );
  or \or_or_xor_i0[0]_i1[0  (\or_or_xor_i0[0]_i1[0_o , \or_xor_i0[0]_i1[0]_o_o , \or_xor_i0[2]_i1[2]_o_o );
  or \or_or_xor_i0[14]_i1[  (\or_or_xor_i0[14]_i1[_o , \or_xor_i0[14]_i1[14]_o , \or_xor_i0[16]_i1[16]_o );
  or \or_or_xor_i0[4]_i1[4  (\or_or_xor_i0[4]_i1[4_o , \or_xor_i0[4]_i1[4]_o_o , \or_xor_i0[6]_i1[6]_o_o );
  or \or_or_xor_i0[9]_i1[9  (\or_or_xor_i0[9]_i1[9_o , \or_xor_i0[9]_i1[9]_o_o , \or_xor_i0[11]_i1[11]_o );
  or \or_xor_i0[0]_i1[0]_o  (\or_xor_i0[0]_i1[0]_o_o , \xor_i0[0]_i1[0]_o , \xor_i0[1]_i1[1]_o );
  or \or_xor_i0[11]_i1[11]  (\or_xor_i0[11]_i1[11]_o , \xor_i0[11]_i1[11]_o , \or_xor_i0[12]_i1[12]_o );
  or \or_xor_i0[12]_i1[12]  (\or_xor_i0[12]_i1[12]_o , \xor_i0[12]_i1[12]_o , \xor_i0[13]_i1[13]_o );
  or \or_xor_i0[14]_i1[14]  (\or_xor_i0[14]_i1[14]_o , \xor_i0[14]_i1[14]_o , \xor_i0[15]_i1[15]_o );
  or \or_xor_i0[16]_i1[16]  (\or_xor_i0[16]_i1[16]_o , \xor_i0[16]_i1[16]_o , \or_xor_i0[17]_i1[17]_o );
  or \or_xor_i0[17]_i1[17]  (\or_xor_i0[17]_i1[17]_o , \xor_i0[17]_i1[17]_o , \xor_i0[18]_i1[18]_o );
  or \or_xor_i0[2]_i1[2]_o  (\or_xor_i0[2]_i1[2]_o_o , \xor_i0[2]_i1[2]_o , \xor_i0[3]_i1[3]_o );
  or \or_xor_i0[4]_i1[4]_o  (\or_xor_i0[4]_i1[4]_o_o , \xor_i0[4]_i1[4]_o , \xor_i0[5]_i1[5]_o );
  or \or_xor_i0[6]_i1[6]_o  (\or_xor_i0[6]_i1[6]_o_o , \xor_i0[6]_i1[6]_o , \or_xor_i0[7]_i1[7]_o_o );
  or \or_xor_i0[7]_i1[7]_o  (\or_xor_i0[7]_i1[7]_o_o , \xor_i0[7]_i1[7]_o , \xor_i0[8]_i1[8]_o );
  or \or_xor_i0[9]_i1[9]_o  (\or_xor_i0[9]_i1[9]_o_o , \xor_i0[9]_i1[9]_o , \xor_i0[10]_i1[10]_o );
  xor \xor_i0[0]_i1[0]  (\xor_i0[0]_i1[0]_o , i0[0], i1[0]);
  xor \xor_i0[10]_i1[10]  (\xor_i0[10]_i1[10]_o , i0[10], i1[10]);
  xor \xor_i0[11]_i1[11]  (\xor_i0[11]_i1[11]_o , i0[11], i1[11]);
  xor \xor_i0[12]_i1[12]  (\xor_i0[12]_i1[12]_o , i0[12], i1[12]);
  xor \xor_i0[13]_i1[13]  (\xor_i0[13]_i1[13]_o , i0[13], i1[13]);
  xor \xor_i0[14]_i1[14]  (\xor_i0[14]_i1[14]_o , i0[14], i1[14]);
  xor \xor_i0[15]_i1[15]  (\xor_i0[15]_i1[15]_o , i0[15], i1[15]);
  xor \xor_i0[16]_i1[16]  (\xor_i0[16]_i1[16]_o , i0[16], i1[16]);
  xor \xor_i0[17]_i1[17]  (\xor_i0[17]_i1[17]_o , i0[17], i1[17]);
  xor \xor_i0[18]_i1[18]  (\xor_i0[18]_i1[18]_o , i0[18], i1[18]);
  xor \xor_i0[1]_i1[1]  (\xor_i0[1]_i1[1]_o , i0[1], i1[1]);
  xor \xor_i0[2]_i1[2]  (\xor_i0[2]_i1[2]_o , i0[2], i1[2]);
  xor \xor_i0[3]_i1[3]  (\xor_i0[3]_i1[3]_o , i0[3], i1[3]);
  xor \xor_i0[4]_i1[4]  (\xor_i0[4]_i1[4]_o , i0[4], i1[4]);
  xor \xor_i0[5]_i1[5]  (\xor_i0[5]_i1[5]_o , i0[5], i1[5]);
  xor \xor_i0[6]_i1[6]  (\xor_i0[6]_i1[6]_o , i0[6], i1[6]);
  xor \xor_i0[7]_i1[7]  (\xor_i0[7]_i1[7]_o , i0[7], i1[7]);
  xor \xor_i0[8]_i1[8]  (\xor_i0[8]_i1[8]_o , i0[8], i1[8]);
  xor \xor_i0[9]_i1[9]  (\xor_i0[9]_i1[9]_o , i0[9], i1[9]);

endmodule 

module binary_mux_s1_w1
  (
  i0,
  i1,
  sel,
  o
  );

  input i0;
  input i1;
  input sel;
  output o;


  AL_MUX al_mux_b0_0_0 (
    .i0(i0),
    .i1(i1),
    .sel(sel),
    .o(o));

endmodule 

module add_pu4_pu4_o4
  (
  i0,
  i1,
  o
  );

  input [3:0] i0;
  input [3:0] i1;
  output [3:0] o;

  wire net_a0;
  wire net_a1;
  wire net_a2;
  wire net_a3;
  wire net_b0;
  wire net_b1;
  wire net_b2;
  wire net_b3;
  wire net_cout0;
  wire net_cout1;
  wire net_cout2;
  wire net_cout3;
  wire net_sum0;
  wire net_sum1;
  wire net_sum2;
  wire net_sum3;

  assign net_a3 = i0[3];
  assign net_a2 = i0[2];
  assign net_a1 = i0[1];
  assign net_a0 = i0[0];
  assign net_b3 = i1[3];
  assign net_b2 = i1[2];
  assign net_b1 = i1[1];
  assign net_b0 = i1[0];
  assign o[3] = net_sum3;
  assign o[2] = net_sum2;
  assign o[1] = net_sum1;
  assign o[0] = net_sum0;
  AL_FADD comp_0 (
    .a(net_a0),
    .b(net_b0),
    .c(1'b0),
    .cout(net_cout0),
    .sum(net_sum0));
  AL_FADD comp_1 (
    .a(net_a1),
    .b(net_b1),
    .c(net_cout0),
    .cout(net_cout1),
    .sum(net_sum1));
  AL_FADD comp_2 (
    .a(net_a2),
    .b(net_b2),
    .c(net_cout1),
    .cout(net_cout2),
    .sum(net_sum2));
  AL_FADD comp_3 (
    .a(net_a3),
    .b(net_b3),
    .c(net_cout2),
    .cout(net_cout3),
    .sum(net_sum3));

endmodule 

module eq_w4
  (
  i0,
  i1,
  o
  );

  input [3:0] i0;
  input [3:0] i1;
  output o;

  wire \or_or_xor_i0[0]_i1[0_o ;
  wire \or_xor_i0[0]_i1[0]_o_o ;
  wire \or_xor_i0[2]_i1[2]_o_o ;
  wire \xor_i0[0]_i1[0]_o ;
  wire \xor_i0[1]_i1[1]_o ;
  wire \xor_i0[2]_i1[2]_o ;
  wire \xor_i0[3]_i1[3]_o ;

  not none_diff (o, \or_or_xor_i0[0]_i1[0_o );
  or \or_or_xor_i0[0]_i1[0  (\or_or_xor_i0[0]_i1[0_o , \or_xor_i0[0]_i1[0]_o_o , \or_xor_i0[2]_i1[2]_o_o );
  or \or_xor_i0[0]_i1[0]_o  (\or_xor_i0[0]_i1[0]_o_o , \xor_i0[0]_i1[0]_o , \xor_i0[1]_i1[1]_o );
  or \or_xor_i0[2]_i1[2]_o  (\or_xor_i0[2]_i1[2]_o_o , \xor_i0[2]_i1[2]_o , \xor_i0[3]_i1[3]_o );
  xor \xor_i0[0]_i1[0]  (\xor_i0[0]_i1[0]_o , i0[0], i1[0]);
  xor \xor_i0[1]_i1[1]  (\xor_i0[1]_i1[1]_o , i0[1], i1[1]);
  xor \xor_i0[2]_i1[2]  (\xor_i0[2]_i1[2]_o , i0[2], i1[2]);
  xor \xor_i0[3]_i1[3]  (\xor_i0[3]_i1[3]_o , i0[3], i1[3]);

endmodule 

module reg_ar_ss_w1
  (
  clk,
  d,
  en,
  reset,
  set,
  q
  );

  input clk;
  input d;
  input en;
  input reset;
  input set;
  output q;

  parameter REGSET = "RESET";
  wire enout;
  wire setout;

  AL_MUX u_en0 (
    .i0(q),
    .i1(d),
    .sel(en),
    .o(enout));
  AL_DFF #(
    .INI((REGSET == "SET") ? 1'b1 : 1'b0))
    u_seq0 (
    .clk(clk),
    .d(setout),
    .reset(reset),
    .set(1'b0),
    .q(q));
  AL_MUX u_set0 (
    .i0(enout),
    .i1(1'b1),
    .sel(set),
    .o(setout));

endmodule 

module AL_MUX
  (
  input i0,
  input i1,
  input sel,
  output o
  );

  wire not_sel, sel_i0, sel_i1;
  not u0 (not_sel, sel);
  and u1 (sel_i1, sel, i1);
  and u2 (sel_i0, not_sel, i0);
  or u3 (o, sel_i1, sel_i0);

endmodule

module AL_DFF
  (
  input reset,
  input set,
  input clk,
  input d,
  output reg q
  );

  parameter INI = 1'b0;

  always @(posedge reset or posedge set or posedge clk)
  begin
    if (reset)
      q <= 1'b0;
    else if (set)
      q <= 1'b1;
    else
      q <= d;
  end

endmodule

module AL_FADD
  (
  input a,
  input b,
  input c,
  output sum,
  output cout
  );

  wire prop;
  wire not_prop;
  wire sel_i0;
  wire sel_i1;

  xor u0 (prop, a, b);
  xor u1 (sum, prop, c);
  not u2 (not_prop, prop);
  and u3 (sel_i1, prop, c);
  and u4 (sel_i0, not_prop, a);
  or  u5 (cout, sel_i0, sel_i1);

endmodule